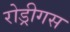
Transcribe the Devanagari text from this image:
रोड्रीगस